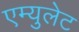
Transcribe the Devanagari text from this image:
एम्युलेट